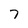
Character: 7